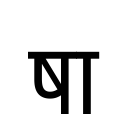
OCR:
षा